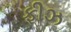
ફીઝ